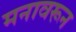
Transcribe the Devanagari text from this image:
मनावरून